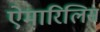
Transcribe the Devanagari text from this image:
ऐमारिलिस